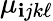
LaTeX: \mu_{\mathbf{i}jk\ell}